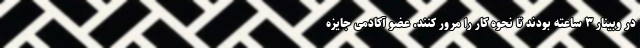
در وبینار ۳ ساعته بودند تا نحوه کار را مرور کنند. عضو آکادمی جایزه